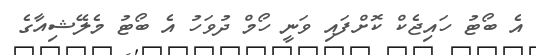
އެ ބޯޓު ހައިޖެކް ކޮށްފައި ވަނީ ހޯމް ދުވަހު އެ ބޯޓު މެލޭޝިއާގެ